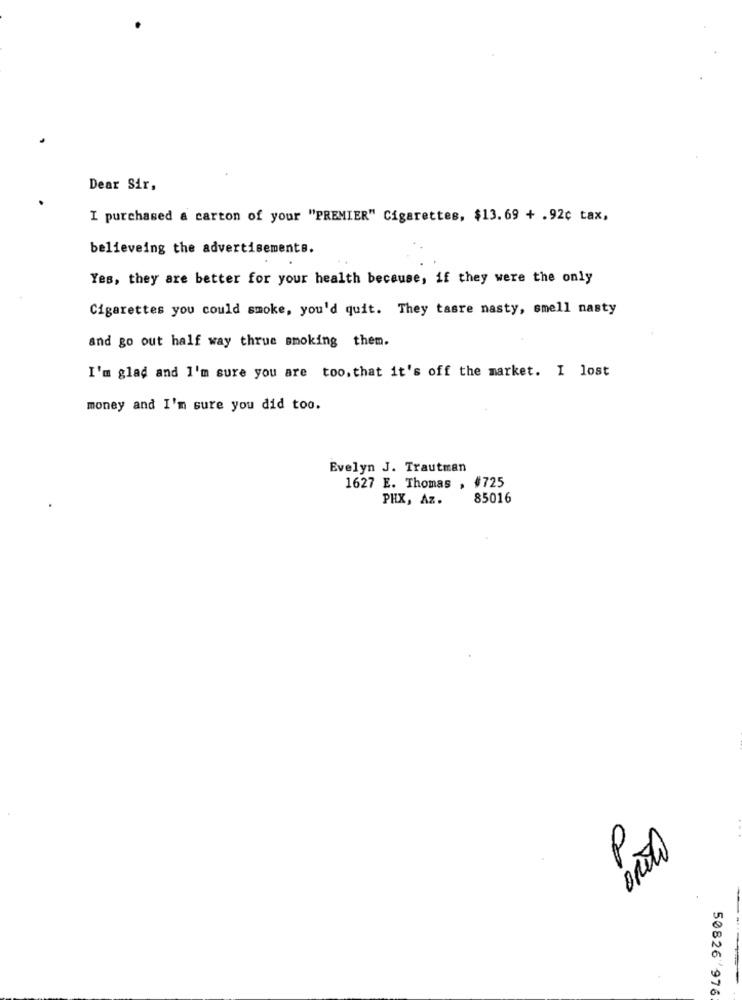
Dear Sir,
I purchased a carton of your "PREMIER" Cigarettes, $13.69 + .92c tax,
believeing the advertisements.
Yes, they are better for your health because, if they were the only
Cigarettes you could smoke, you'd quit. They tasre nasty, smell nasty
and go out half way thrue smoking them.
I'm glad and I'm sure you are too, that it's off the market. I lost
money and I'm sure you did too.
Evelyn J. Trautman
1627 E. Thomas , #725
PHX, Az.
85016
0
50826 976